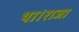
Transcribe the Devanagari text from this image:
था।राजा